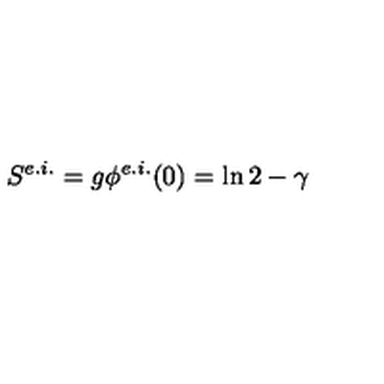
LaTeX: S ^ { e . i . } = g \phi ^ { e . i . } ( 0 ) = \ln 2 - \gamma